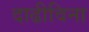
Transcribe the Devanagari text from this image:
दाढीविना